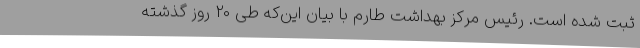
ثبت شده است. رئیس مرکز بهداشت طارم با بیان این‌که طی 20 روز گذشته